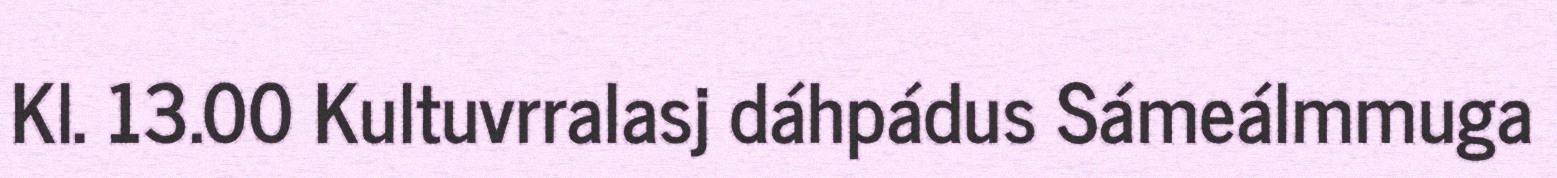
Kl. 13.00 Kultuvrralasj dáhpádus Sámeálmmuga